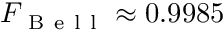
F _ { \mathrm { ~ B ~ e ~ l ~ l ~ } } \approx 0 . 9 9 8 5